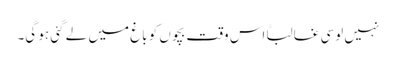
نہیں لوسی غالباًاس وقت بچوں کو باغ میں لے گئی ہو گی۔